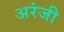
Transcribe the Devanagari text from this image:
अरंजी